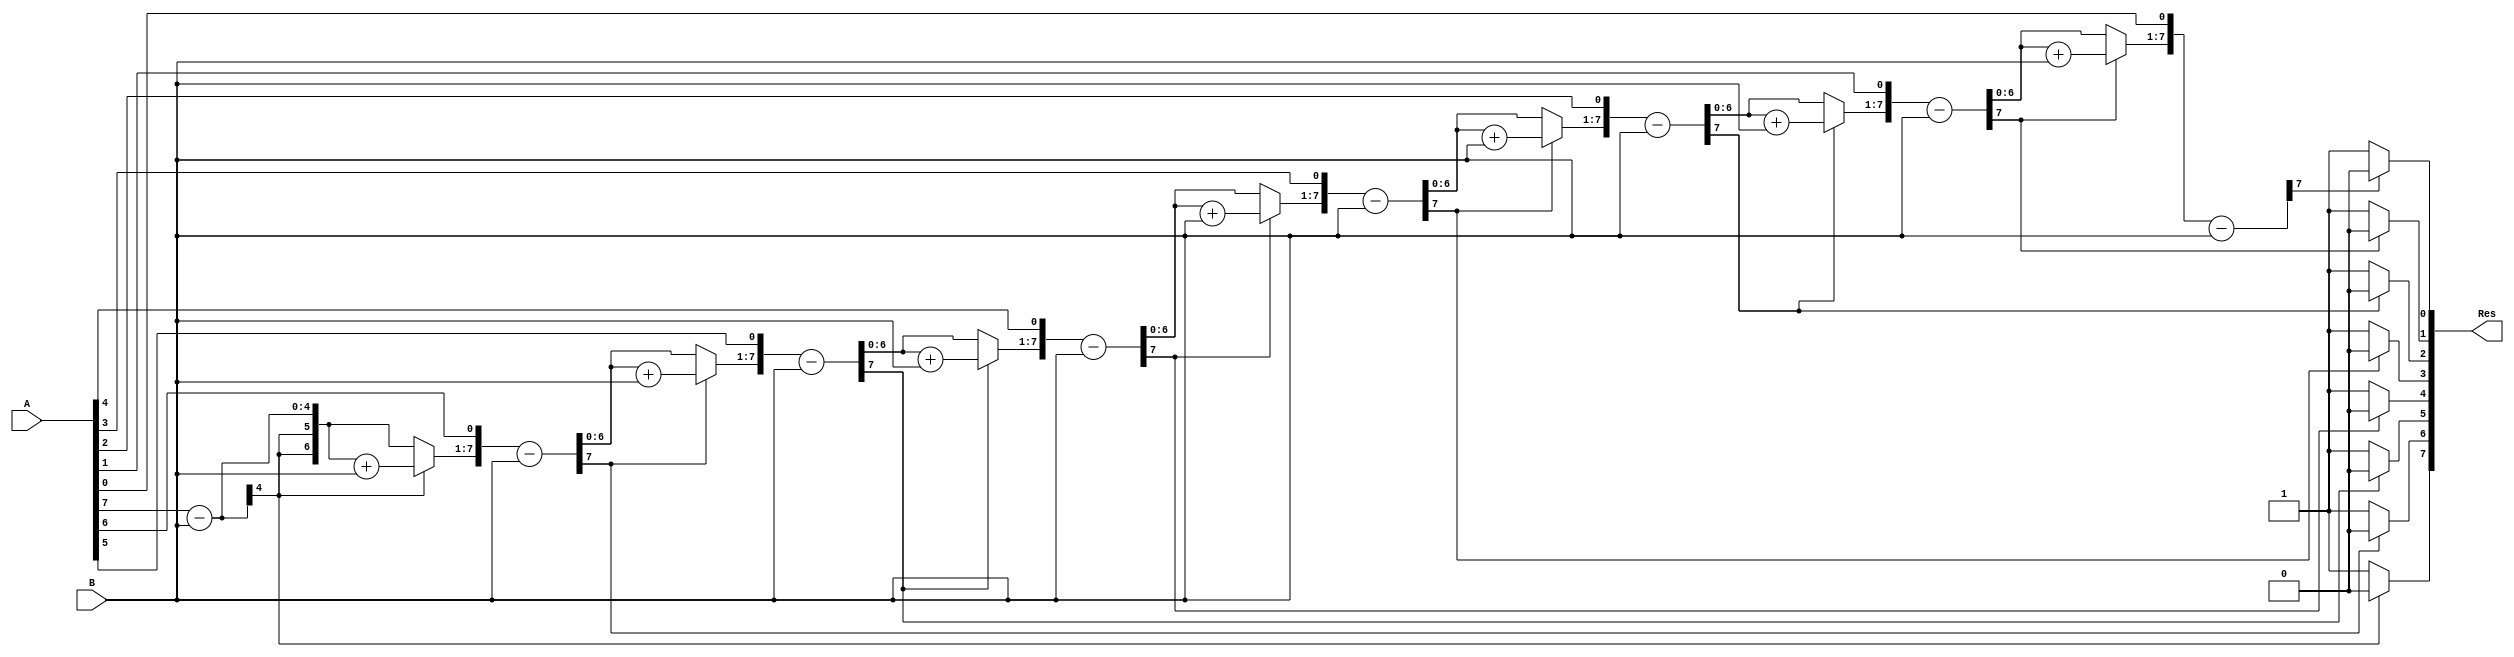
module simple_divider(A,B,Res);

parameter WIDTH = 8;

input [7:0] A;
input [3:0] B;
output [7:0] Res;
 
reg [7:0] Res = 0;

reg [7:0] a1;
reg [3:0] b1;

reg [7:0] p1;   
integer i;

always@ (A or B)
    begin
        a1 = A;
        b1 = B;
        p1= 0;
        for(i=0;i<WIDTH;i=i+1)    
				begin //start the for loop
					p1={p1[WIDTH-2:0],a1[WIDTH-1]};
					a1[WIDTH-1:1] = a1[WIDTH-2:0];
					p1 = p1-b1;
            if(p1[WIDTH-1] == 1)
					begin
						a1[0] = 0;
						p1 = p1 + b1;   
					 end
            else
                a1[0] = 1;
				end
        Res=a1;   
    end 
endmodule